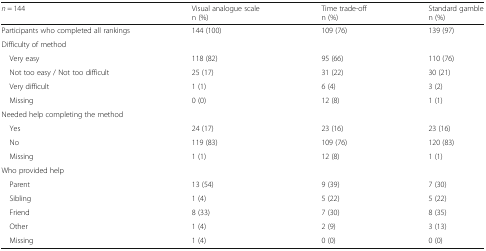
<table><thead><tr><td><b><i>n</i> = 144</b></td><td><b>Visual analogue scalen (%)</b></td><td><b>Time trade-offn (%)</b></td><td><b>Standard gamblen (%)</b></td></tr></thead><tbody><tr><td>Participants who completed all rankings</td><td>144 (100)</td><td>109 (76)</td><td>139 (97)</td></tr><tr><td colspan="4">Difficulty of method</td></tr><tr><td> Very easy</td><td>118 (82)</td><td>95 (66)</td><td>110 (76)</td></tr><tr><td> Not too easy / Not too difficult</td><td>25 (17)</td><td>31 (22)</td><td>30 (21)</td></tr><tr><td> Very difficult</td><td>1 (1)</td><td>6 (4)</td><td>3 (2)</td></tr><tr><td> Missing</td><td>0 (0)</td><td>12 (8)</td><td>1 (1)</td></tr><tr><td colspan="4">Needed help completing the method</td></tr><tr><td> Yes</td><td>24 (17)</td><td>23 (16)</td><td>23 (16)</td></tr><tr><td> No</td><td>119 (83)</td><td>109 (76)</td><td>120 (83)</td></tr><tr><td> Missing</td><td>1 (1)</td><td>12 (8)</td><td>1 (1)</td></tr><tr><td colspan="4">Who provided help</td></tr><tr><td> Parent</td><td>13 (54)</td><td>9 (39)</td><td>7 (30)</td></tr><tr><td> Sibling</td><td>1 (4)</td><td>5 (22)</td><td>5 (22)</td></tr><tr><td> Friend</td><td>8 (33)</td><td>7 (30)</td><td>8 (35)</td></tr><tr><td> Other</td><td>1 (4)</td><td>2 (9)</td><td>3 (13)</td></tr><tr><td> Missing</td><td>1 (4)</td><td>0 (0)</td><td>0 (0)</td></tr></tbody></table>